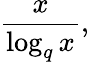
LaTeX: {\frac{x}{\log_{q}x}},